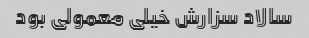
سالاد سزارش خیلی معمولی بود